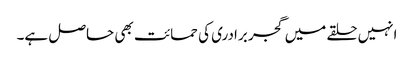
انہیں حلقے میں گجر برادری کی حمائت بھی حاصل ہے۔